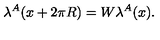
\lambda ^ { A } ( x + 2 \pi R ) = W \lambda ^ { A } ( x ) .